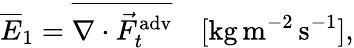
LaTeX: \overline{{E}}_{1}=\overline{{\nabla\cdot\vec{F}_{t}^{\mathrm{adv}}}}\quad[\mathrm{kg}\, \mathrm{m}^{-2}\, \mathrm{s}^{-1}],